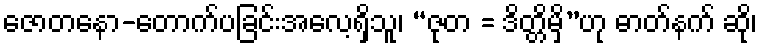
ဇောတနော-တောက်ပခြင်းအလေ့ရှိသူ၊ “ဇုတ = ဒိတ္တိမှိ”ဟု ဓာတ်နက် ဆို၊